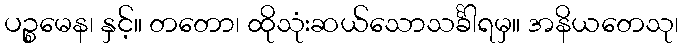
ပဉ္စမေန၊ နှင့်။ တတော၊ ထိုသုံးဆယ်သောသင်္ခါရမှ။ အနိယတေသု၊